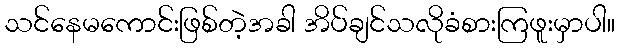
သင်နေမကောင်းဖြစ်တဲ့အခါ အိပ်ချင်သလိုခံစားကြဖူးမှာပါ။